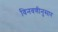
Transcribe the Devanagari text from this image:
विनवणीनुसार